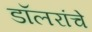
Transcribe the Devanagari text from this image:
डॉलरांचे